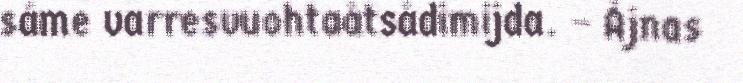
sáme varresvuohtaåtsådimijda. – Ájnas